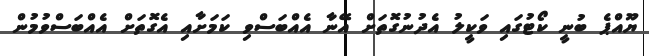
ޔޫއްޕެ ބުނީ ކޯޓުގައި ވަކީލު އެދުނުގޮތަށް އޭނާ އެއްބަސްވި ކަމަށާއި އެގޮތަށް އެއްބަސްވުމުން